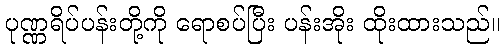
ပုဏ္ဏရိပ်ပန်းတို့ကို ရောစပ်ပြီး ပန်းအိုး ထိုးထားသည်။